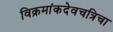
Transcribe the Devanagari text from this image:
विक्रमांकदेवचत्रिचा